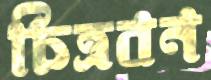
চিত্রবন